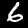
Digit: 6